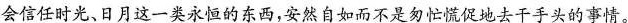
会信任时光、日月这一类永恒的东西，安然自如而不是匆忙慌促地去干手头的事情。